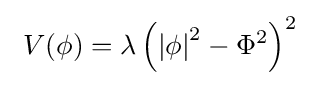
\ V(\phi )=\lambda \left(\left|\phi \right|^{2}-\Phi ^{2}\right)^{2}~